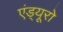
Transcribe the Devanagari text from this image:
एंड्यूरो